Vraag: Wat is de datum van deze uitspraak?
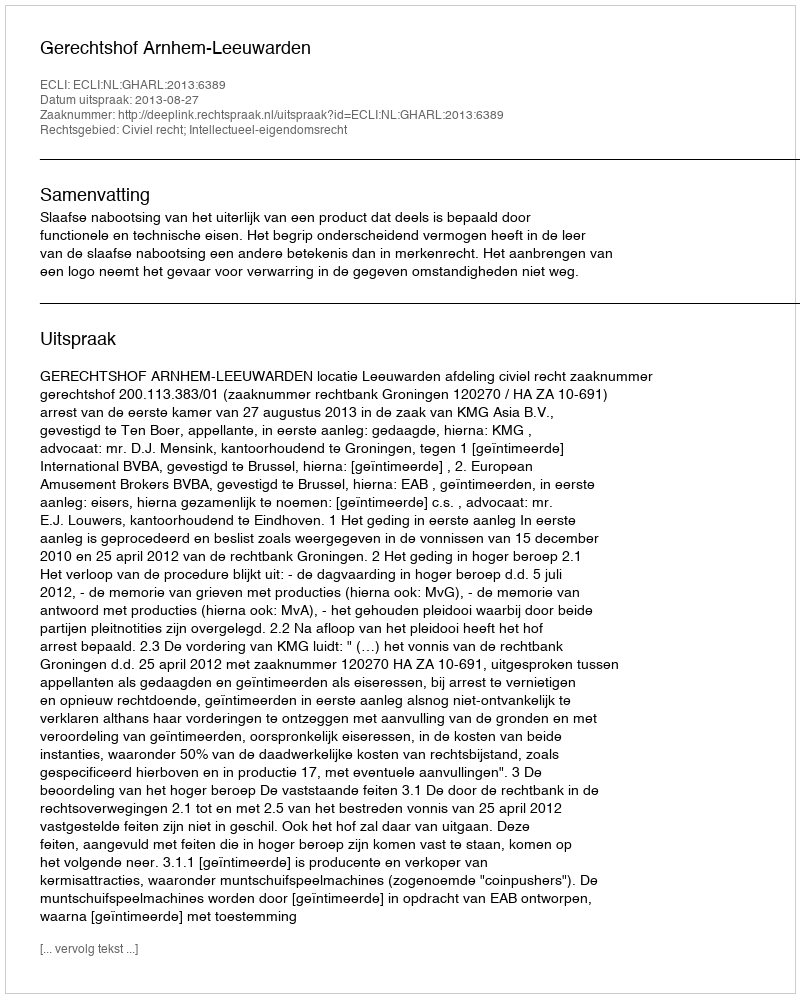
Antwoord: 2013-08-27